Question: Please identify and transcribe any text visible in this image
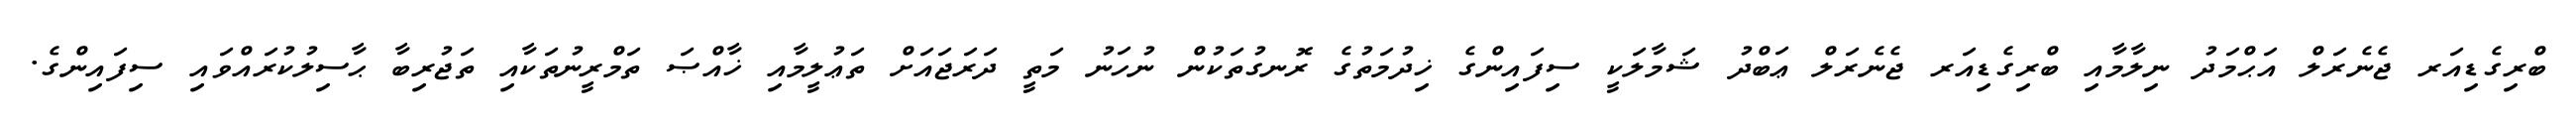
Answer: ބްރިގެޑިއަރ ޖެނެރަލް އަޙްމަދު ނިލާމާއި ބްރިގެޑިއަރ ޖެނެރަލް ޢަބްދު ޝަމާލަކީ ސިފައިންގެ ޚިދުމަތުގެ ރޮނގުތަކުން ނުހަނު މަތީ ދަރަޖައަށް ތަޢުލީމާއި ޚާއްޞަ ތަމްރީނުތަކާއި ތަޖުރިބާ ޙާސިލުކުރައްވައި ސިފައިންގެ.